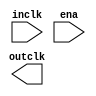

module clkctrl (
	inclk,
	ena,
	outclk);	

	input		inclk;
	input		ena;
	output		outclk;
endmodule